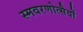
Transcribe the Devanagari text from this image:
स्मवरणोत्सैवों